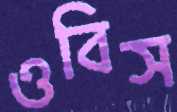
ওবিস